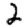
Digit: 2